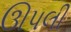
ઊપલી